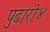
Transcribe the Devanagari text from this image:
पुढारी४